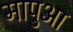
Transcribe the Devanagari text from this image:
मापुआ